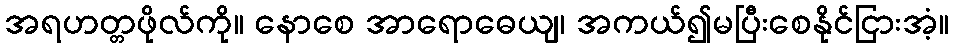
အရဟတ္တဖိုလ်ကို။ နောစေ အာရောဓေယျ၊ အကယ်၍မပြီးစေနိုင်ငြားအံ့။